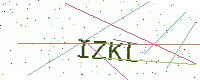
Text: IZKL